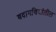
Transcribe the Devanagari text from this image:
बदामबियांतील